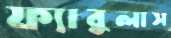
ফ্যাবুলাস